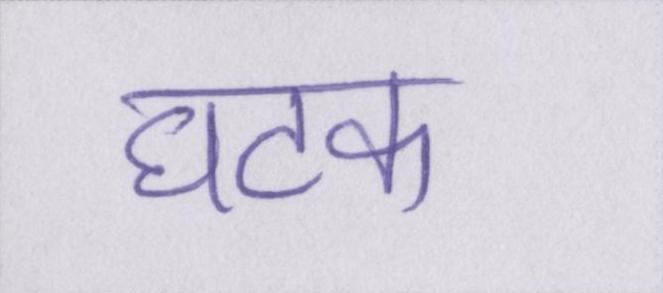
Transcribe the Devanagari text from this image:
घटक